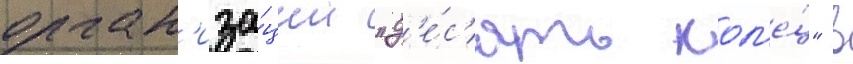
орган'иза́ции "д'е́с'ять кол'е́ц" в